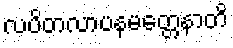
လပိတလာပနမတ္တေနာတိ